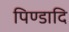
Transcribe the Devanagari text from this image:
पिण्डादि